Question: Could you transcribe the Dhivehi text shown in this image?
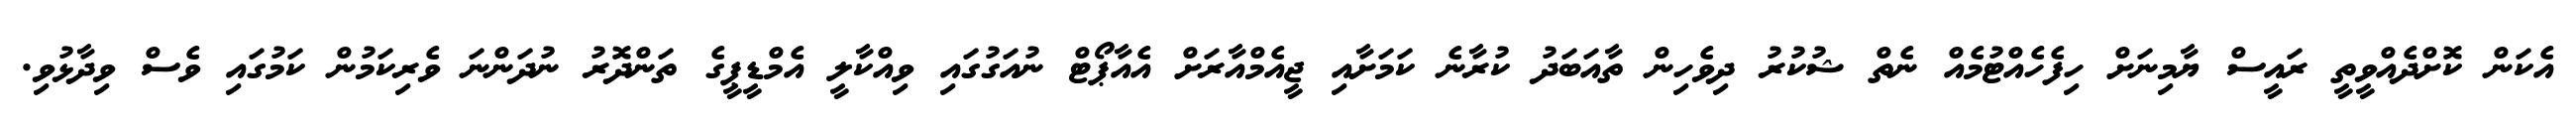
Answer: އެކަން ކޮށްދެއްވީތީ ރައީސް ޔާމިނަށް ހިފެހެއްޓުމެއް ނެތް ޝުކުރު ދިވެހިން ތާއަބަދު ކުރާނެ ކަމަށާއި ޖީއެމްއާރަށް އެއާޕޯޓް ނުއަގުގައި ވިއްކާލީ އެމްޑީޕީގެ ތަންދޮރު ނުދަންނަ ވެރިކަމުން ކަމުގައި ވެސް ވިދާޅުވި.